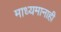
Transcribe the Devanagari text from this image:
माध्यमानाही